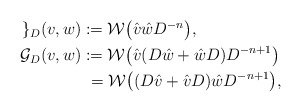
\begin{align*}\begin{aligned}\mathcal{g}_{D}(v,w) &:= \mathcal{W}\bigl( \hat v \hat w D^{-n}\bigr),\\\mathcal{G}_{D}(v,w) &:= \mathcal{W}\bigl( \hat v (D\hat w+\hat wD )D^{-n+1} \bigr)\\&\,\,=\mathcal{W}\bigl( (D\hat v+\hat vD ) \hat wD^{-n+1} \bigr),\end{aligned}\end{align*}